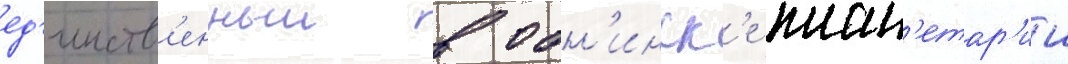
ед'инств'енныи в обн'инск'е план'етар'ии